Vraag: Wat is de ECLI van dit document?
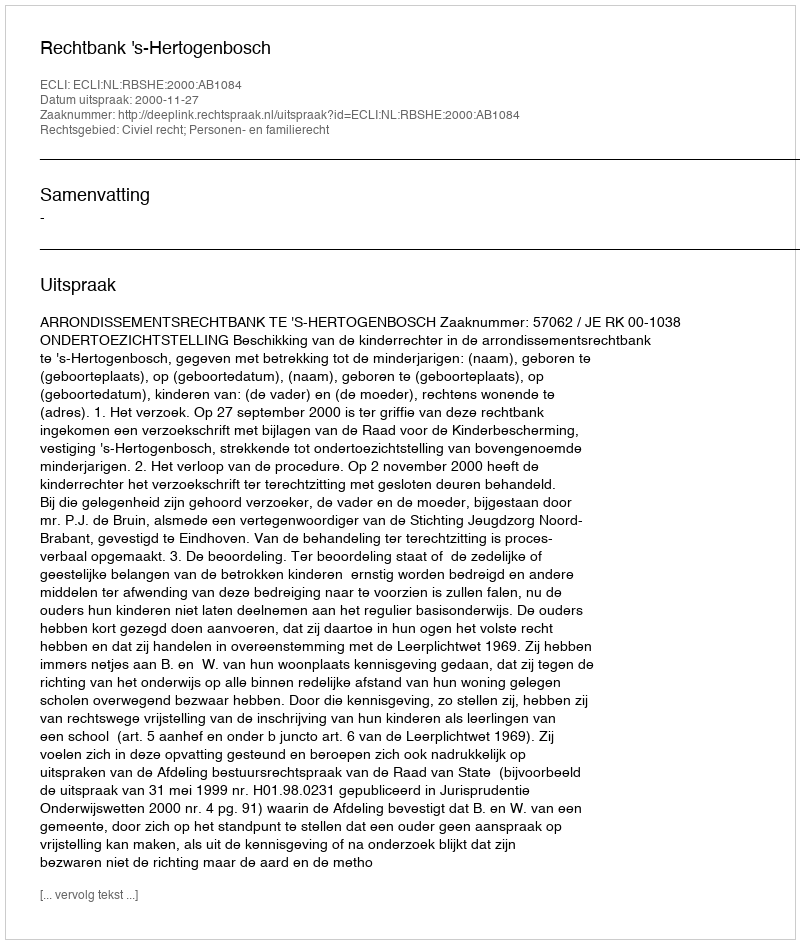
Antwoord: ECLI:NL:RBSHE:2000:AB1084